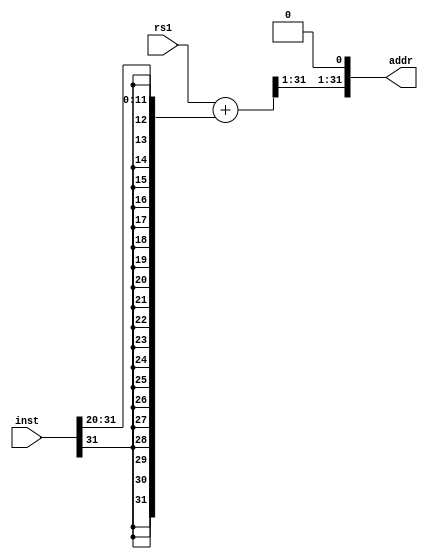
module jalr_addr (rs1,inst,addr); // 32-bit jalr address
    input  [31:0] rs1,inst;
    output [31:0] addr;

    // bit 31:20      19:15  12    11:7     6     0
    // imm[11:0]        rs1 000     rd      1100111 | jalr   rd,  rs1, offset[11:0]

    //                            31:11         10:0
    wire   [31:0] s_imm  = {{21{inst[31]}},inst[30:20]}; // jalr
    wire   [31:0] targat = rs1 + s_imm;
    assign addr = {targat[31:1],1'b0}; // setting the least-significant bit of the result to zero
endmodule